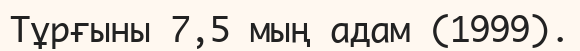
Тұрғыны 7,5 мың адам (1999).